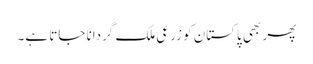
پھر بھی پاکستان کو زرعی ملک گردانا جاتا ہے۔